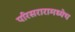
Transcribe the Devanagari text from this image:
परिसरारामध्येच